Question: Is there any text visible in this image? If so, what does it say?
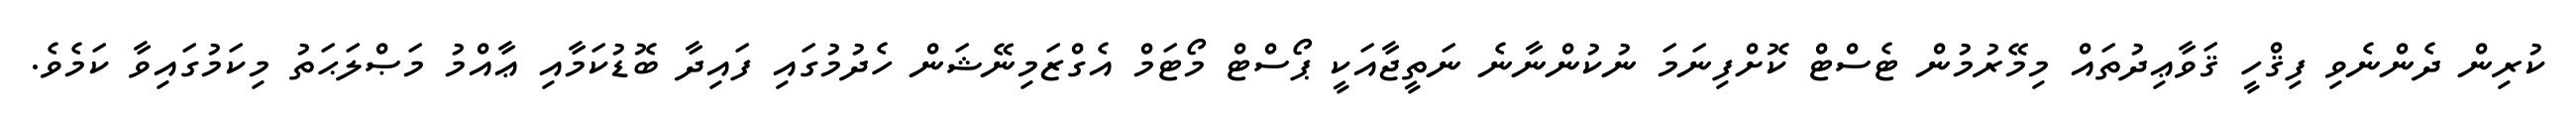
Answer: ކުރިން ދެންނެވި ފިޤްހީ ޤަވާޢިދުތައް މިމޭރުމުން ޓެސްޓް ކޮށްފިނަމަ ނުކުންނާނެ ނަތީޖާއަކީ ޕޯސްޓް މޯޓަމް އެގްޒަމިނޭޝަން ހެދުމުގައި ފައިދާ ބޮޑުކަމާއި ޢާއްމު މަޞްލަޙަތު މިކަމުގައިވާ ކަމެވެ.